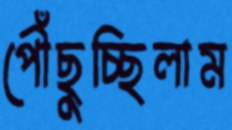
পৌঁছুচ্ছিলাম